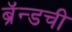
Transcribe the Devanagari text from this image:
ब्रॅन्डची